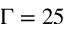
\Gamma = 2 5